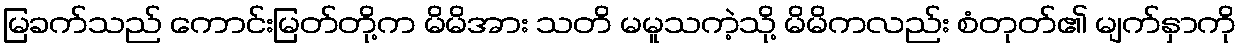
မြခက်သည် ကောင်းမြတ်တို့က မိမိအား သတိ မမူသကဲ့သို့ မိမိကလည်း စံတုတ်၏ မျက်နှာကို